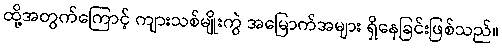
ထို့အတွက်ကြောင့် ကျားသစ်မျိုးကွဲ အမြောက်အများ ရှိနေခြင်းဖြစ်သည်။